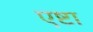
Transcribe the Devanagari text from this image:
एष्टा